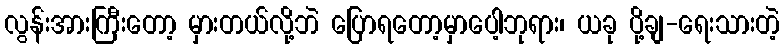
လွန်းအားကြီးတော့ မှားတယ်လို့ဘဲ ပြောရတော့မှာပေါ့ဘုရား၊ ယခု ပို့ချ-ရေးသားတဲ့